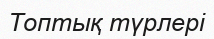
Топтық түрлері